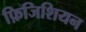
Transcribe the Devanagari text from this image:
फ़िजिशियन